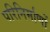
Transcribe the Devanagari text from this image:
परिनिर्माणों